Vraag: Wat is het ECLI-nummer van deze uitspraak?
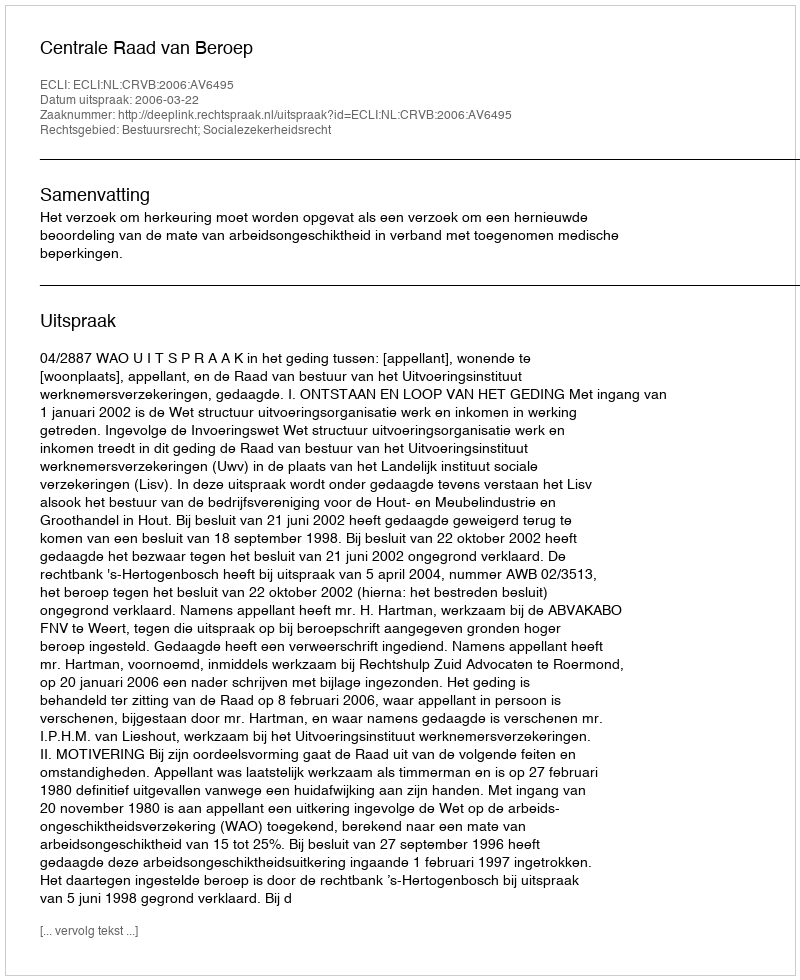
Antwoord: ECLI:NL:CRVB:2006:AV6495